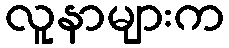
လူနာများက